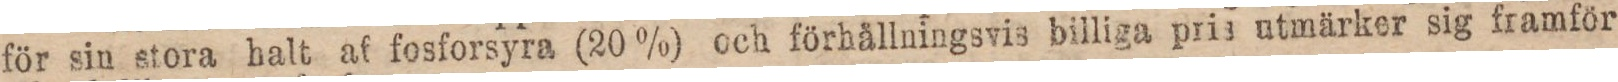
för sin stora halt af fosforsyra (20 %) och förhållningsvis billiga pris utmärker sig framför